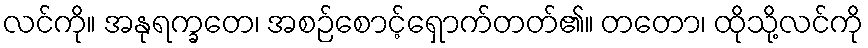
လင်ကို။ အနုရက္ခတေ၊ အစဉ်စောင့်ရှောက်တတ်၏။ တတော၊ ထိုသို့လင်ကို